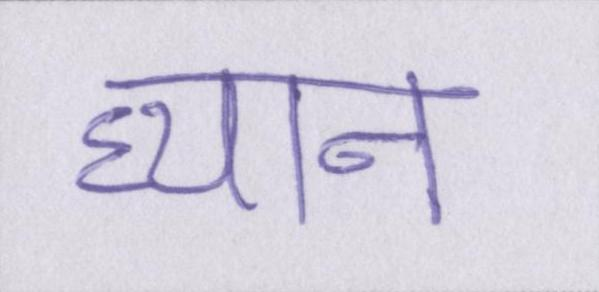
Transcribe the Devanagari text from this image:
ध्यान